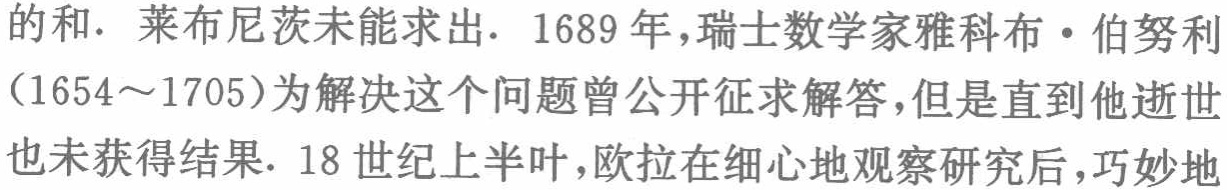
的和. 莱布尼茨未能求出. 1689 年,瑞士数学家雅科布·伯努利
（1654～1705）为解决这个问题曾公开征求解答,但是直到他逝世
也未获得结果. 18 世纪上半叶,欧拉在细心地观察研究后,巧妙地